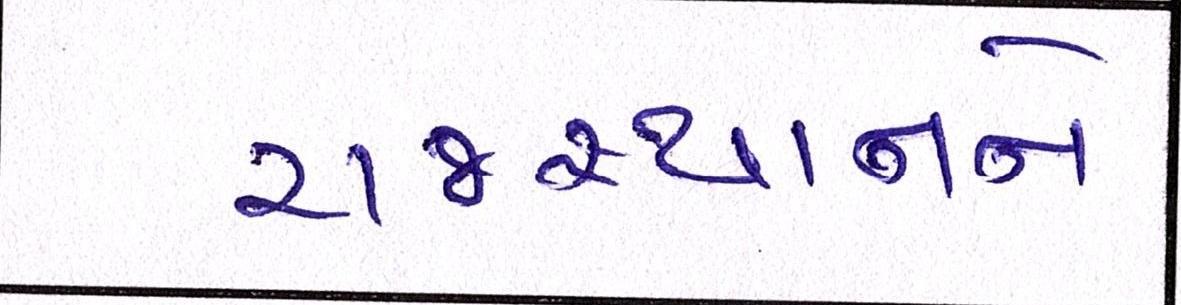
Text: રાજસ્થાનને